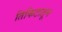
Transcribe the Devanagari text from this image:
तिकिटातून